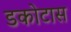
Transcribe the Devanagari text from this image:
डकोटास